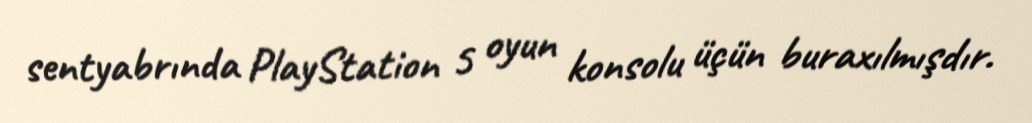
sentyabrında PlayStation 5 oyun konsolu üçün buraxılmışdır.